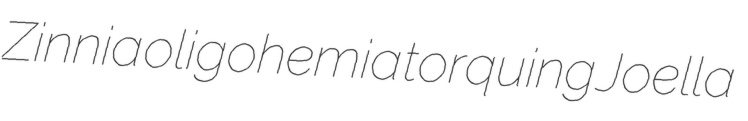
Zinnia oligohemia torquing Joella